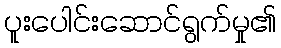
ပူးပေါင်းဆောင်ရွက်မှု၏